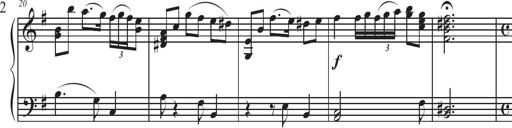
Title: Sonatina Espania
Composer: Jerald Franklin Archer
Key: Various